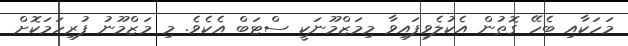
މަހަކާއި ބެހޭ ގޮތުން އެކުލެވިފައިވާ މިމަޒްމޫނަކީ ސްޓަބް އެކެވެ. މި މަޒްމޫނު ފުރިހަމަކޮށް